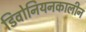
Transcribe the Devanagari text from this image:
डिवोनियनकालीन